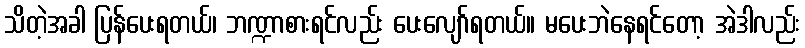
သိတဲ့အခါ ပြန်ပေးရတယ်၊ ဘဏ္ဍာစားရင်လည်း ပေးလျော်ရတယ်။ မပေးဘဲနေရင်တော့ အဲဒါလည်း